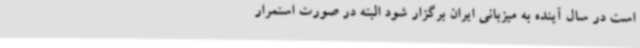
است در سال آینده به میزبانی ایران برگزار شود البته در صورت استمرار